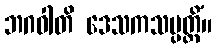
ဘဂဝါတိ ဒေသကသမ္ပတ္တိံ။